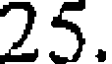
25.